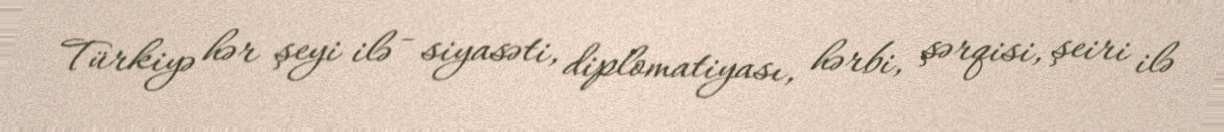
Türkiyə hər şeyi ilə - siyasəti, diplomatiyası, hərbi, şərqisi, şeiri ilə